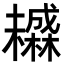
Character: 𬅄